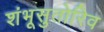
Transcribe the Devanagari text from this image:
शंभूसुतोरिव